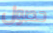
حصول